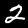
Label: 2